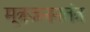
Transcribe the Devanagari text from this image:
मूत्रजननतंत्र